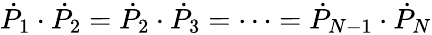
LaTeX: {\dot{P}}_{1}\cdot{\dot{P}}_{2}={\dot{P}}_{2}\cdot{\dot{P}}_{3}=\dots={\dot{P}}_{N-1}\cdot{\dot{P}}_{N}